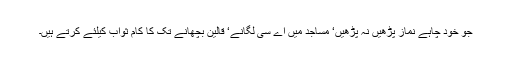
جو خود چاہے نماز پڑھیں نہ پڑھیں‘ مساجد میں اے سی لگانے‘ قالین بچھانے تک کا کام ثواب کیلئے کرتے ہیں۔